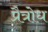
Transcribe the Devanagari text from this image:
प्रैत्रोध